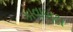
કાવાબટા